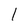
Character: 1